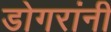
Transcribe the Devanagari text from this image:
डोगरांनी